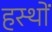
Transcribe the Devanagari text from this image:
हस्थों